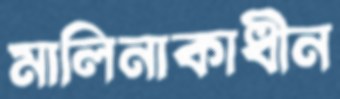
মালিনাকাধীন